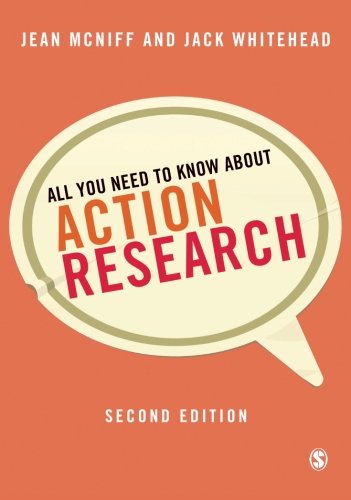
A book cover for All You Need to Know About Action Research; Jean McNiff; Business & Money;